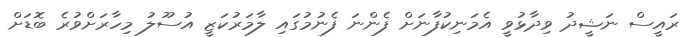
ރައީސް ނަޝީދު ވިދާޅުވީ އެމަނިކުފާނަށް ފެންނަ ފެނުމުގައި ލާމަރުކަޒީ އުސޫލު މިހާރަށްވުރެ ބޮޑަށް